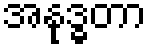
အနုဒ္ဓတာ